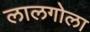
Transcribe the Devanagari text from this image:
लालगोला